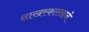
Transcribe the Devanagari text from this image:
साखरकारखाने